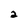
Character: 2